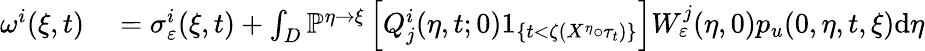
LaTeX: \begin{array}{rl}{\omega^{i}(\xi,t)}&{{}=\sigma_{\varepsilon}^{i}(\xi,t)+\int_{D}\mathbb{P}^{\eta\rightarrow\xi}\left[Q_{j}^{i}(\eta,t;0)1_{\{ t<\zeta(X^{\eta}\circ\tau_{t})\} }\right]W_{\varepsilon}^{j}(\eta,0)p_{u}(0,\eta,t,\xi)\textrm{d}\eta}\end{array}